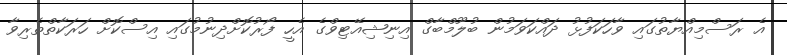
އެ ރަސްމިއްޔާތުގައި ވާހަކަފުޅު ދައްކަވަމުން ބުލޫމްބާގް އިނިޝިއޭޓިވްގެ އެހީ ފޯރުކޮށްދިނުމުގައި އިސްކޮށް ހަރަކާތްތެރިވާ